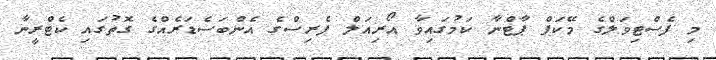
މި ފެސްޓިވަލްގެ މޭކަޕް ޕާޓްނާ ކަމުގައިވާ އޯރިއަލް ޕެރިސްގެ އެންބަސެޑަރެއްގެ ގޮތުގައި ކެޓްރީނާ